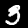
Label: 3